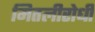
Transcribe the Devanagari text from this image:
मितलीरोधी